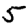
Digit: 5